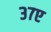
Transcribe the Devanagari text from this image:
३७ए